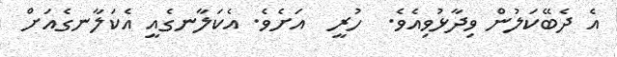
އެ ދެބޭކަލުން ވިދާޅުވިއެވެ.  ހުރީ  އަށެވެ. އެކަލާނގެއީ އެކަލާނގެއަށް